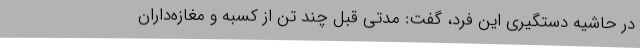
در حاشیه دستگیری این فرد، گفت: مدتی قبل چند تن از کسبه و مغازه‌داران